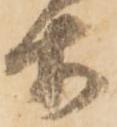
等